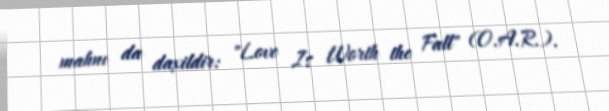
mahnı da daxildir: "Love Is Worth the Fall" (O.A.R.).